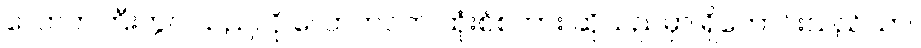
လောကကြီးတွင် သည်လို လောကဝတ် ထုံးစံစကား ဆိုသည်မှာ ရှိကောင်းသည်သာ။